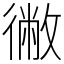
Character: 徶